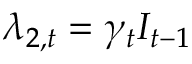
\lambda _ { 2 , t } = \gamma _ { t } I _ { t - 1 }